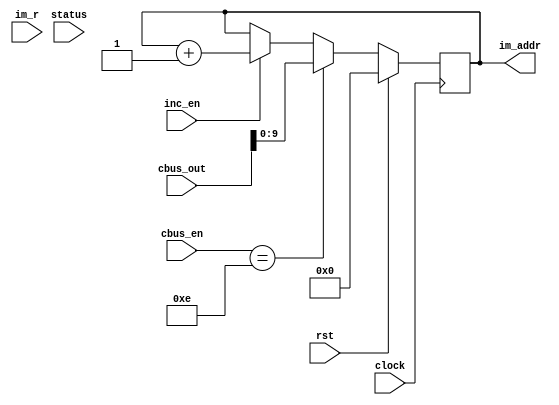
module pc( 	input [31:0] cbus_out,
				input im_r, inc_en, clock,rst,
				input [3:0] cbus_en,
				input [1:0] status,
				output wire [9:0] im_addr);
	
	reg [9:0] data = 10'b0;
	//reg [9:0] data = 10'b0;
	initial begin
		data = 0;
	end

/*
	always @(posedge clock)
		begin
			if (im_r == 1)
				dataout <= datain; 
		end
*/	
	always @(negedge clock)
		begin
			if (inc_en)
				data <= data + 1;
			if (cbus_en == 4'b1110)
				data <= cbus_out[9:0];
			if (rst)
				data <= 0;
		end
	
	assign im_addr = data; 
				
endmodule